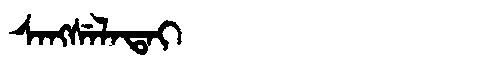
Manchu: ᠰᠠᠩᠰᡝᠯᠠᡨᠠᡳ
Romanization: SANGSELATAI